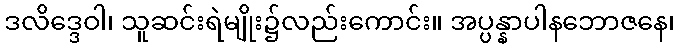
ဒလိဒ္ဒေဝါ၊ သူဆင်းရဲမျိုး၌လည်းကောင်း။ အပ္ပန္နာပါနဘောဇနေ၊